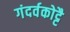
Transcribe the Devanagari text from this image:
गंदर्वकोट्टै